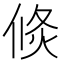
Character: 倐